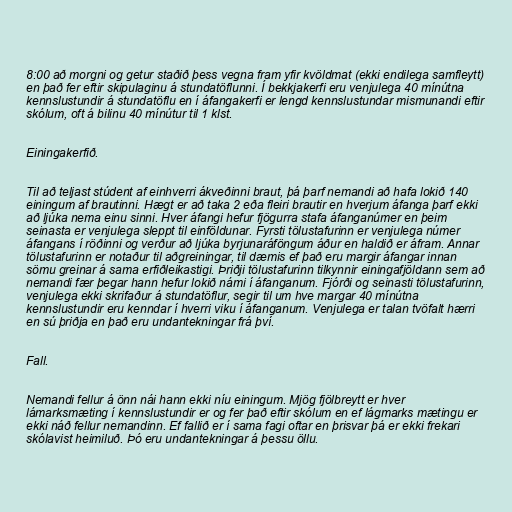
8:00 að morgni og getur staðið þess vegna fram yfir kvöldmat (ekki endilega samfleytt)
en það fer eftir skipulaginu á stundatöflunni. Í bekkjakerfi eru venjulega 40 mínútna
kennslustundir á stundatöflu en í áfangakerfi er lengd kennslustundar mismunandi eftir
skólum, oft á bilinu 40 mínútur til 1 klst.

Einingakerfið.

Til að teljast stúdent af einhverri ákveðinni braut, þá þarf nemandi að hafa lokið 140
einingum af brautinni. Hægt er að taka 2 eða fleiri brautir en hverjum áfanga þarf ekki
að ljúka nema einu sinni. Hver áfangi hefur fjögurra stafa áfanganúmer en þeim
seinasta er venjulega sleppt til einföldunar. Fyrsti tölustafurinn er venjulega númer
áfangans í röðinni og verður að ljúka byrjunaráföngum áður en haldið er áfram. Annar
tölustafurinn er notaður til aðgreiningar, til dæmis ef það eru margir áfangar innan
sömu greinar á sama erfiðleikastigi. Þriðji tölustafurinn tilkynnir einingafjöldann sem að
nemandi fær þegar hann hefur lokið námi í áfanganum. Fjórði og seinasti tölustafurinn,
venjulega ekki skrifaður á stundatöflur, segir til um hve margar 40 mínútna
kennslustundir eru kenndar í hverri viku í áfanganum. Venjulega er talan tvöfalt hærri
en sú þriðja en það eru undantekningar frá því.

Fall.

Nemandi fellur á önn nái hann ekki níu einingum. Mjög fjölbreytt er hver
lámarksmæting í kennslustundir er og fer það eftir skólum en ef lágmarks mætingu er
ekki náð fellur nemandinn. Ef fallið er í sama fagi oftar en þrisvar þá er ekki frekari
skólavist heimiluð. Þó eru undantekningar á þessu öllu.